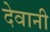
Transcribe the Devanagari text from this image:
देवानी